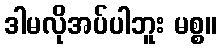
ဒါမလိုအပ်ပါဘူး မစ္စ။